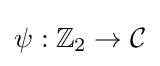
\psi :\mathbb {Z} _{2}\to {\mathcal {C}}